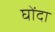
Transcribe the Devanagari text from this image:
घोंदा